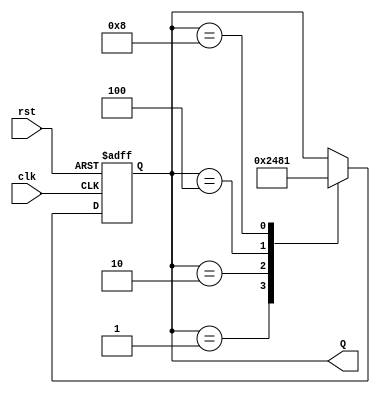
module johnson_counter(
    input clk,
    input rst,
    output reg [3:0] Q
);

// Define the state register
reg [3:0] state_reg;

// Define the next state logic
always @ (posedge clk or posedge rst) begin
    if (rst) begin
        state_reg <= 4'b0001; // Initial state
    end else begin
        case (state_reg)
            4'b0001: state_reg <= 4'b0010;
            4'b0010: state_reg <= 4'b0100;
            4'b0100: state_reg <= 4'b1000;
            4'b1000: state_reg <= 4'b0001;
        endcase
    end
end

// Assign the state to the output
assign Q = state_reg;

endmodule